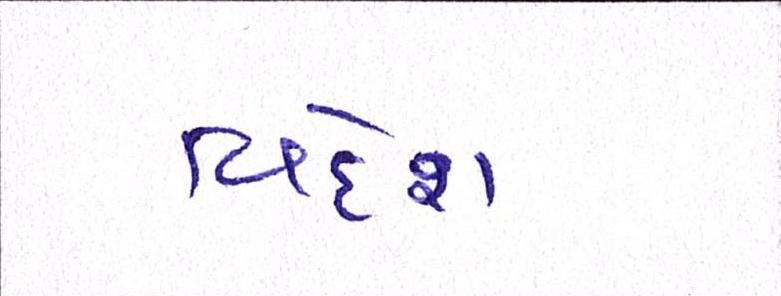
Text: વિદેશ